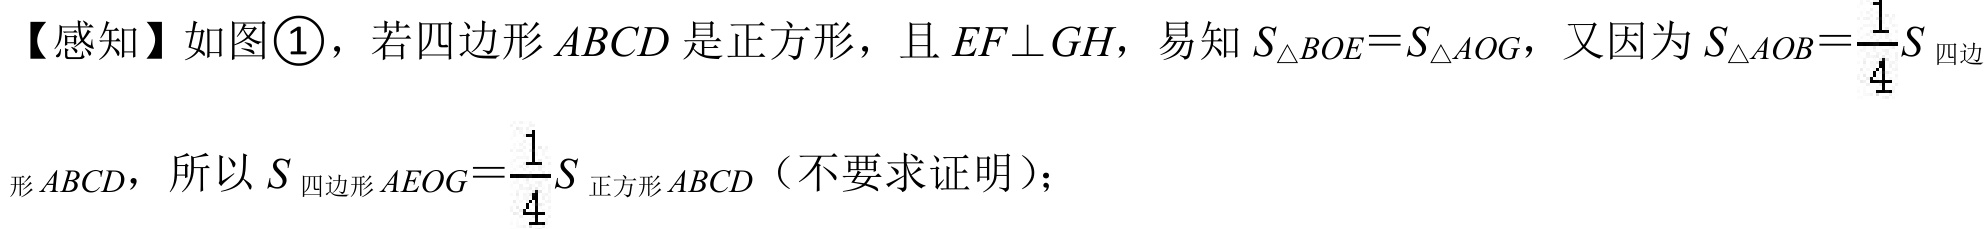
【感知】如图\textcircled{1}，若四边形\(ABCD\)是正方形，且\(EF\perp GH\)，易知\(S_{\triangle BOE}=S_{\triangle AOG}\)，又因为\(S_{\triangle AOB}=\frac{1}{4}S_{四边}\)
形\(ABCD\)，所以\(S_{四边形 AEOG}=\frac{1}{4}S_{正方形 ABCD}\)（不要求证明）；